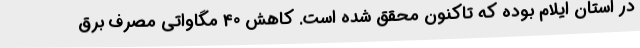
در استان ایلام بوده که تاکنون محقق شده است. کاهش 40 مگاواتی مصرف برق